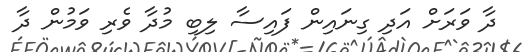
ދާ ވަރަށް އަދި ގިނައިން ފައިސާ ލިބި މުދާ ވެރި ވަމުން ދާ